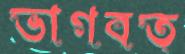
ভাগবত্